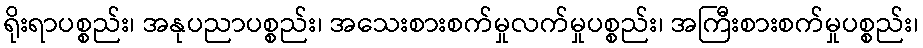
ရိုးရာပစ္စည်း၊ အနုပညာပစ္စည်း၊ အသေးစားစက်မှုလက်မှုပစ္စည်း၊ အကြီးစားစက်မှုပစ္စည်း၊